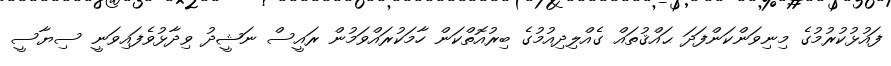
ފައުޅުކުރުމުގެ މިނިވަންކަންފަދަ ޙައްޤުތައް ގެއްލިދިއުމުގެ ބިރުއޮތްކަން ހާމަކުރައްވަމުން ރައީސް ނަޝީދު ވިދާޅުވެފައިވަނީ ސިޔާސީ